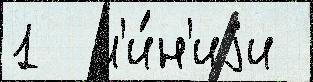
1  л'и́н'иjи